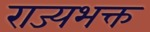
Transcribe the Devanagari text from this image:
राज्यभक्त